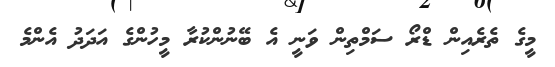
މީގެ ތެރެއިން ޑްރޯ ސަމްތިން ވަނީ އެ ބޭނުންކުރާ މީހުންގެ އަދަދު އެންމެ